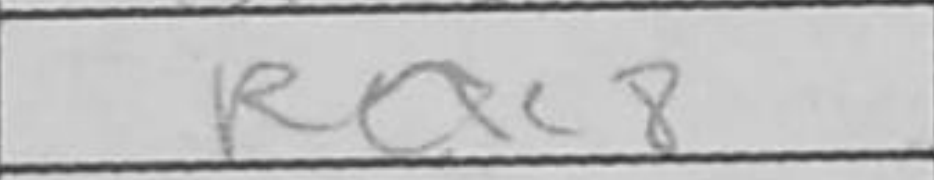
Transcription: Rac8